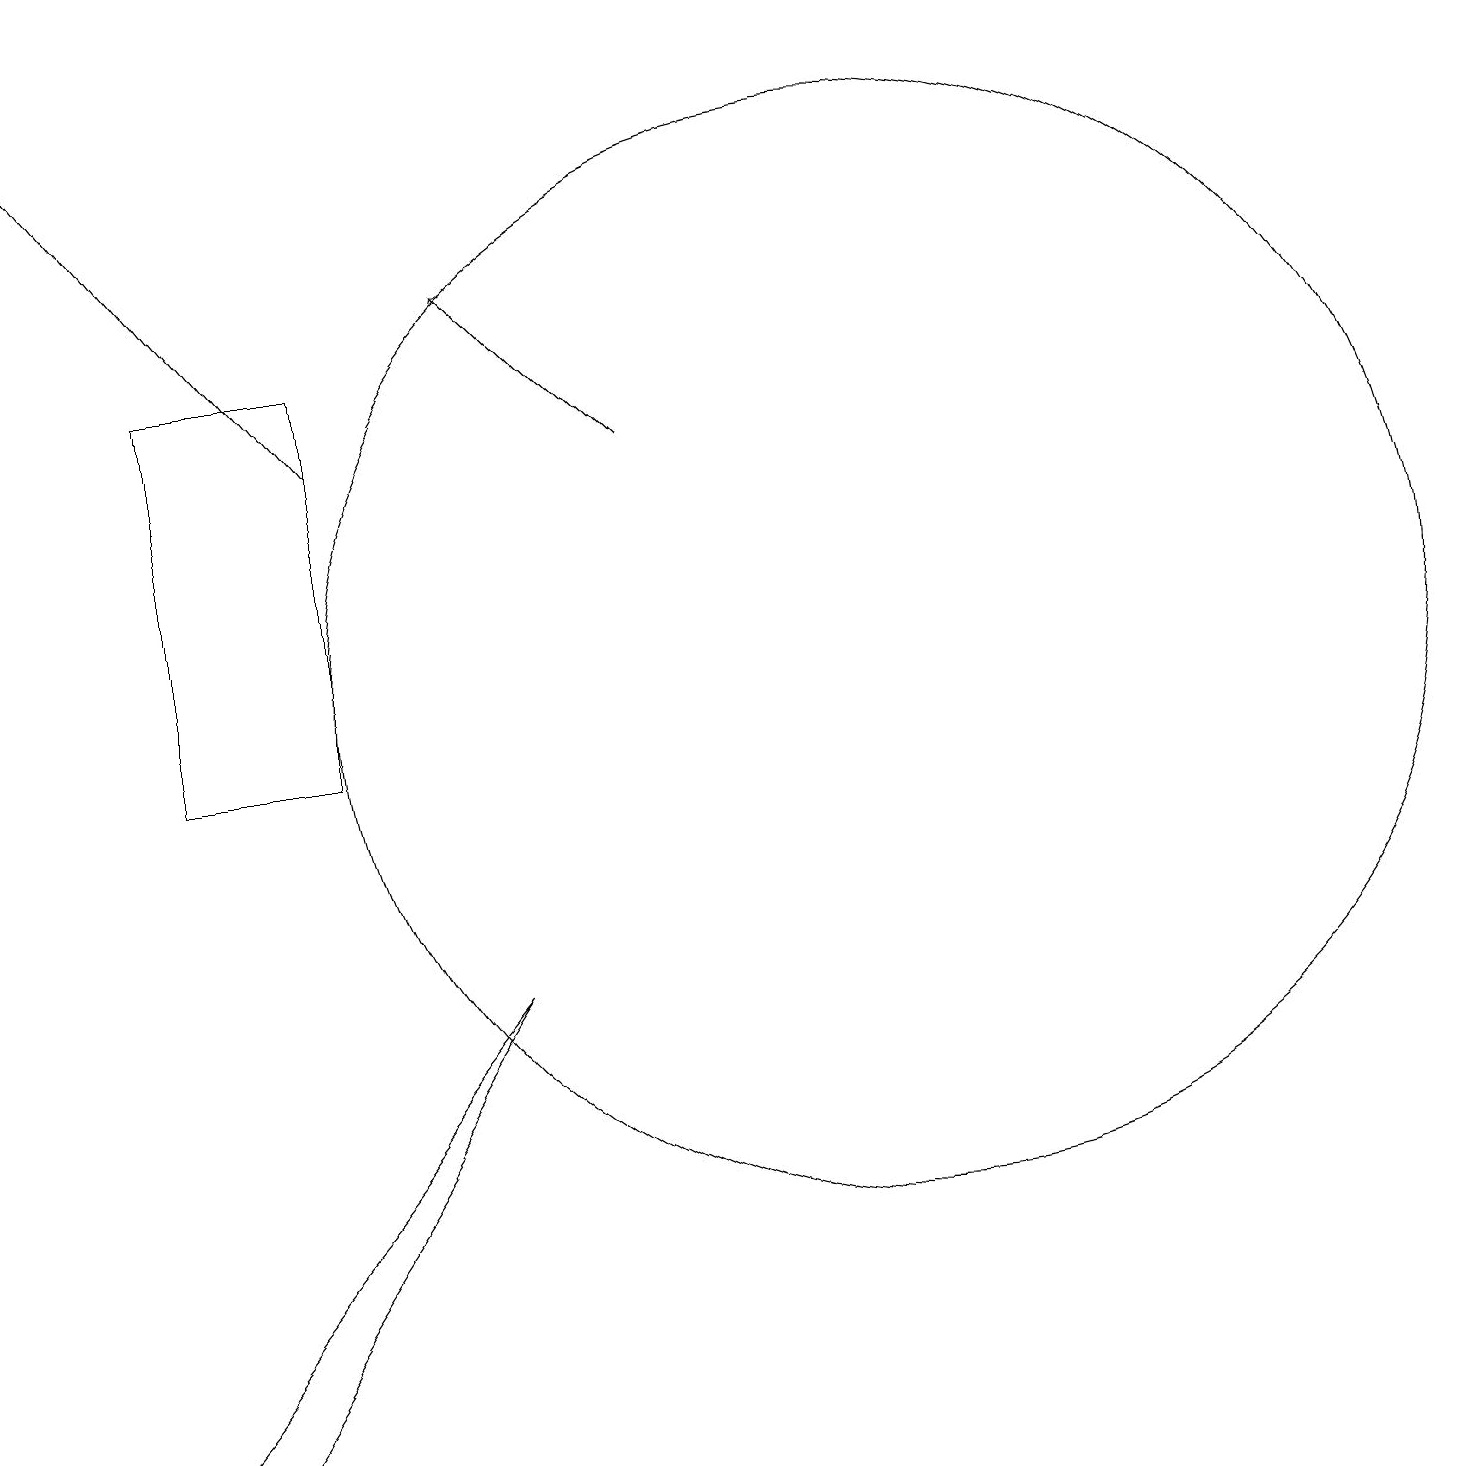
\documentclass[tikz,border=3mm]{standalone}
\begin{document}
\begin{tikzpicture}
\draw[->] (5,14) -- (1,19);
\draw (12,11) circle (7);
\draw (5,15) rectangle (3,10);
\draw[->] (9,14) -- (7,16);
\draw (3,1) -- (2,1) -- (7,7) -- cycle;
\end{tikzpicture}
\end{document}